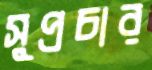
সুপ্রচার